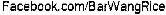
FACEBOOK.COM/BARWANGRICE